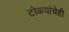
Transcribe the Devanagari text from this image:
टोळ्यांचेही